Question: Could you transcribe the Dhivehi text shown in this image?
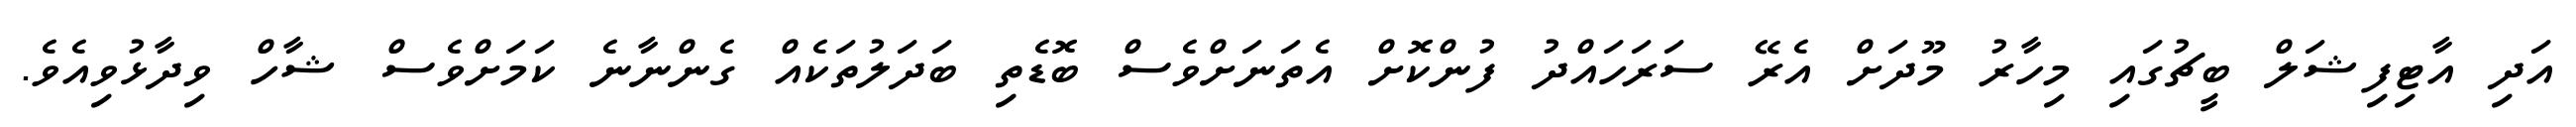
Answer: އަދި އާޓިފިޝަލް ބީޗުގައި މިހާރު މޫދަށް އެރޭ ސަރަހައްދު ފުންކޮށް އެތަނަށްވެސް ބޮޑެތި ބަދަލުތަކެއް ގެންނާނެ ކަމަށްވެސް ޝާހް ވިދާޅުވިއެވެ.